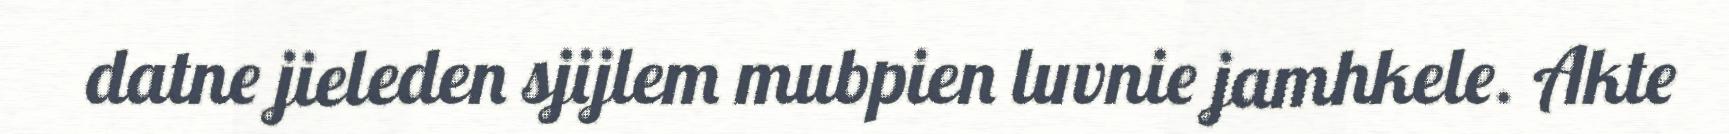
datne jieleden sjijlem mubpien luvnie jamhkele. Akte